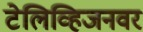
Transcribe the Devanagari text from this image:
टेलिव्हिजनवर